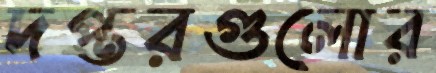
দপ্তরগুলোর